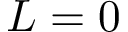
L = 0